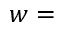
w =